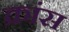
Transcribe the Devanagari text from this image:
क्रांस